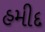
હમીદ